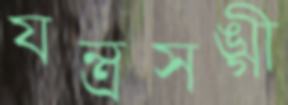
যন্ত্রসঙ্গী